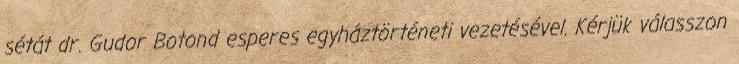
sétát dr. Gudor Botond esperes egyháztörténeti vezetésével. Kérjük válasszon